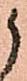
候